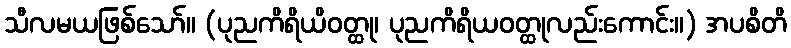
သီလမယဖြစ်သော်။ (ပုညကိရိယိဝတ္ထု၊ ပုညကိရိယဝတ္ထုလည်းကောင်း။) အပစိတိ